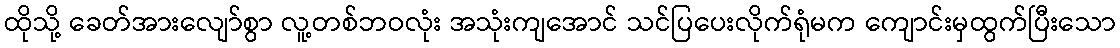
ထိုသို့ ခေတ်အားလျော်စွာ လူ့တစ်ဘဝလုံး အသုံးကျအောင် သင်ပြပေးလိုက်ရုံမက ကျောင်းမှထွက်ပြီးသော